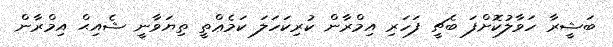
ބަޝީރާ ހަވާލުކޮށްފަ ބެޗީ ފަހަރި އިމްރާން ކުރިކަހަލަ ކަމެޢްތީ ތިޔަވާނީ ޝެއިޙް އިމްރާން